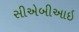
સીએબીઆઇ